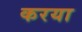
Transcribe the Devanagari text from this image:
करया